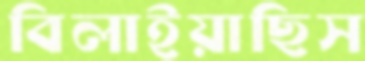
বিলাইয়াছিস